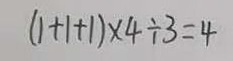
( 1 + 1 + 1 ) \times 4 \div 3 = 4